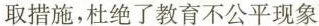
取措施，杜绝了教育不公平现象